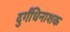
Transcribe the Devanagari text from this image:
दुर्गंधिनाशक